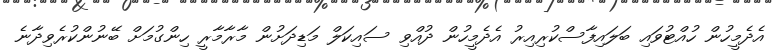
އެދެމީހުން ހުއްޓުވައި ބަލައިފާސްކުރިއިރު އެދެމީހުން ދުއްވި ސައިކަލް މަޑިދަށުން މާރާމާރީ ހިންގުމަށް ބޭނުންކުރެވިދާނެ